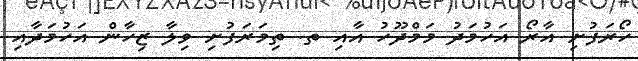
ހޯރަފުށި އާރޯ އަހުމަދު މަމްދޫހު އާއި ތ. ތިމަަރަފުށި ވިލާ ޒިހާން އަހުމަދާއި